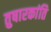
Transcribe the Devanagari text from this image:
तुषारकांति